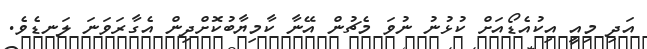
އަދި މިއީ އިކުއެޑޯއަށް ކުޅުނު ނުވަ މެޗުން އޭނާ ކާމިޔާބުކޮށްދިން އެގާރަވަނަ ލަނޑެވެ.